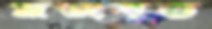
মজবুত